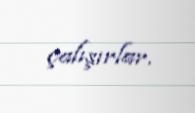
çalışırlar.